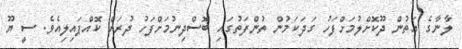
ލާނާގެ އަތުން ދޫކޮށްލުމަށްފަހު ގަދަކަމުން ތުންފަތުގައި ބޮސްދިނުމަށްފަހު ދުރަށް ކޮއްޕައިލިއެވެ. ސީ ޔޫ